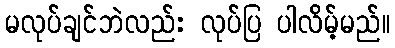
မလုပ်ချင်ဘဲလည်း လုပ်ပြ ပါလိမ့်မည်။